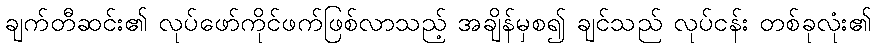
ချက်တီဆင်း၏ လုပ်ဖော်ကိုင်ဖက်ဖြစ်လာသည့် အချိန်မှစ၍ ချင်သည် လုပ်ငန်း တစ်ခုလုံး၏